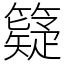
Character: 籎